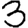
Digit: 3